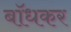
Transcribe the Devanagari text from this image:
बाॅधकर